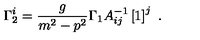
\Gamma _ { 2 } ^ { i } = \frac { g } { m ^ { 2 } - p ^ { 2 } } \Gamma _ { 1 } A _ { i j } ^ { - 1 } \left[ 1 \right] ^ { j } \ .